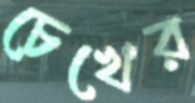
চেখের